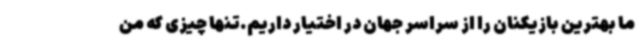
ما بهترین بازیکنان را از سراسر جهان در اختیار داریم.تنها چیزی که من